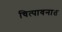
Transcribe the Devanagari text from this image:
चित्पावनात